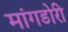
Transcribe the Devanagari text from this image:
मांगडोरी